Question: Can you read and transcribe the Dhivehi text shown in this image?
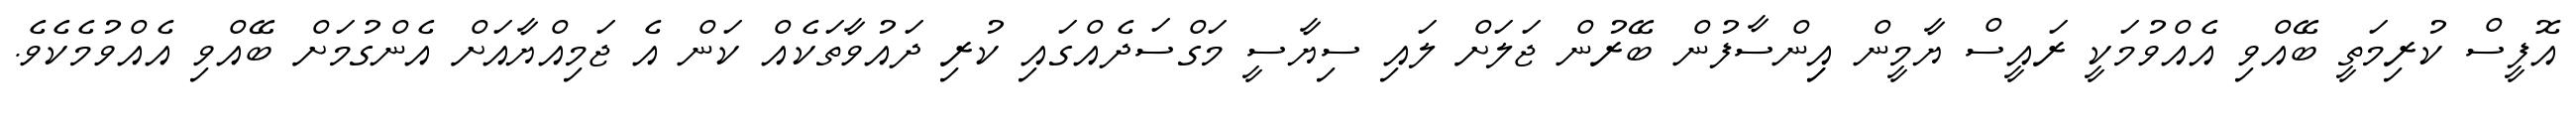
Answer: އޮފީސް ކުރިމަތީ ބޭއްވި އެއްވުމަކީ ރައީސް ޔާމީން އިިންސާފުން ބޭރުން ޖަލަށް ލައި ސިޔާސީ މަގްސަދެއްގައި ކުރި ދައުވާތަކެއް ކަން އެ ޖަމިއްޔާއަށް އެންގުމަށް ބޭއްވި އެއްވުމެކެވެ.